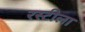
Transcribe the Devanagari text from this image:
रस्टीला